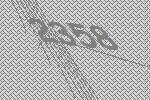
2358